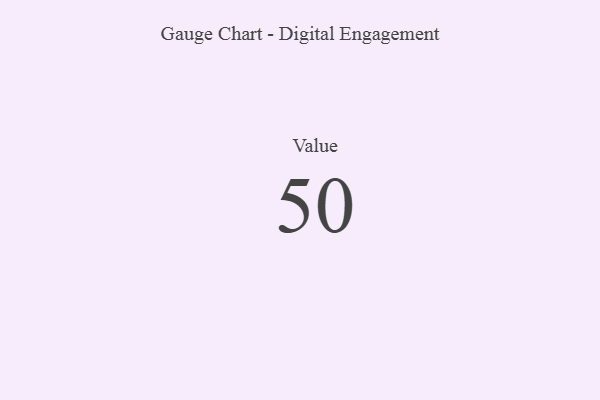
{"axis": {"x": "Metric", "y": "Value"}, "legend": [""], "data": [{"x": "Value", "y": 50, "type": ""}]}